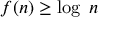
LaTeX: f ( n ) \geq \log ~ n